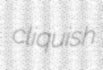
cliquish